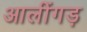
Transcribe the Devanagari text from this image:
आलींगड़